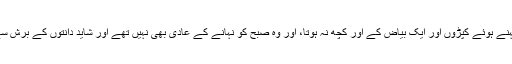
ان کے پاس سوائے پہنے ہوئے کپڑوں اور ایک بیاض کے اور کچھ نہ ہوتا، اور وہ صبح کو نہانے کے عادی بھی نہیں تھے اور شاید دانتوں کے برش سے بالکل نا آشنا تھے۔